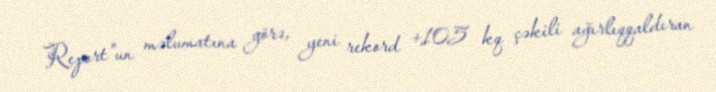
Report"un məlumatına görə, yeni rekord +105 kq çəkili ağırlıqqaldıran